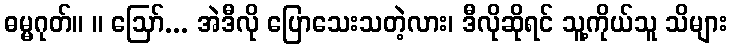
ဓမ္မဂုတ်။ ။ ဩော်... အဲဒီလို ပြောသေးသတဲ့လား၊ ဒီလိုဆိုရင် သူ့ကိုယ်သူ သိများ